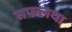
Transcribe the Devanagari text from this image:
सफलथा